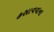
હસાવવાના